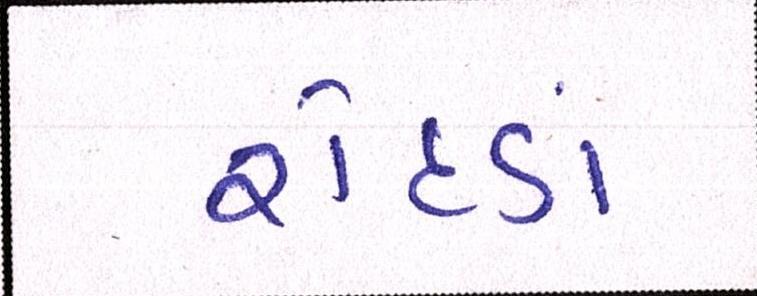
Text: રોદડાં